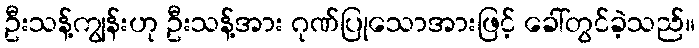
ဦးသန့်ကျွန်းဟု ဦးသန့်အား ဂုဏ်ပြုသောအားဖြင့် ခေါ်တွင်ခဲ့သည်။